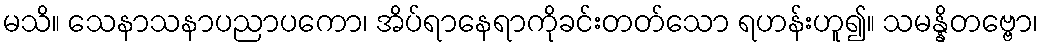
မသိ။ သေနာသနာပညာပကော၊ အိပ်ရာနေရာကိုခင်းတတ်သော ရဟန်းဟူ၍။ သမန္နိတဗ္ဗော၊